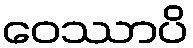
ဝေဿာပိ